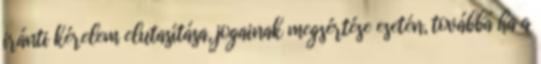
iránti kérelem elutasítása, jogainak megsértése esetén, továbbá ha a